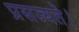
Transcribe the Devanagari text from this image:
प्रसज्यते।